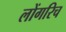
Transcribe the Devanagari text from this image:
लोंगरिच